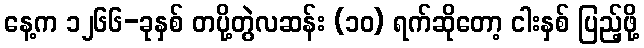
နေ့က ၁၂၆၆-ခုနှစ် တပို့တွဲလဆန်း (၁၀) ရက်ဆိုတော့ ငါးနှစ် ပြည့်ဖို့